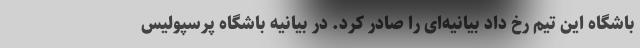
باشگاه این تیم رخ داد بیانیه‌ای را صادر کرد. در بیانیه باشگاه پرسپولیس